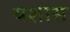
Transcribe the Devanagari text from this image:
यशास